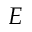
E